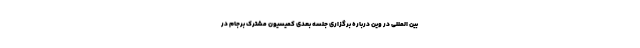
بین المللی در وین درباره برگزاری جلسه بعدی کمیسیون مشترک برجام در